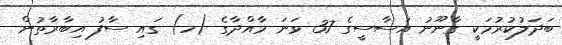
ބަދަލުކުރުމަކީ ގާނޫނު އަސާސީގެ 37 ވަނަ މާއްދާގެ (ހ) ގައި ސާފު އިބާރާތުން